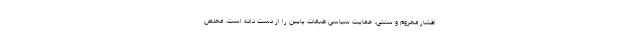
اقشار محروم و سنتی، حمایت سیاسی طبقات پایین را از دست داده است. مخلص